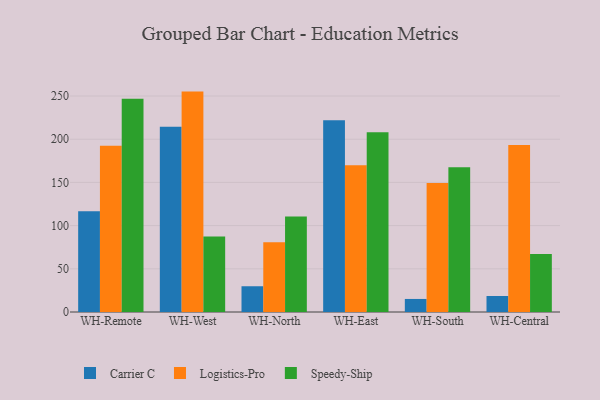
{"axis": {"x": "Warehouse", "y": "Demand Index"}, "legend": ["Carrier C", "Logistics-Pro", "Speedy-Ship"], "data": [{"x": "WH-Remote", "y": 116.6, "type": "Carrier C"}, {"x": "WH-Remote", "y": 192.3, "type": "Logistics-Pro"}, {"x": "WH-Remote", "y": 246.9, "type": "Speedy-Ship"}, {"x": "WH-West", "y": 214.3, "type": "Carrier C"}, {"x": "WH-West", "y": 255.1, "type": "Logistics-Pro"}, {"x": "WH-West", "y": 87.4, "type": "Speedy-Ship"}, {"x": "WH-North", "y": 29.8, "type": "Carrier C"}, {"x": "WH-North", "y": 80.7, "type": "Logistics-Pro"}, {"x": "WH-North", "y": 110.4, "type": "Speedy-Ship"}, {"x": "WH-East", "y": 222.0, "type": "Carrier C"}, {"x": "WH-East", "y": 169.8, "type": "Logistics-Pro"}, {"x": "WH-East", "y": 208.1, "type": "Speedy-Ship"}, {"x": "WH-South", "y": 15.1, "type": "Carrier C"}, {"x": "WH-South", "y": 149.3, "type": "Logistics-Pro"}, {"x": "WH-South", "y": 167.4, "type": "Speedy-Ship"}, {"x": "WH-Central", "y": 18.5, "type": "Carrier C"}, {"x": "WH-Central", "y": 193.4, "type": "Logistics-Pro"}, {"x": "WH-Central", "y": 67.1, "type": "Speedy-Ship"}]}